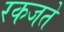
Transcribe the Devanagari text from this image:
रकजते